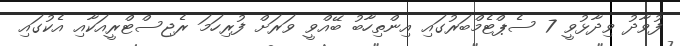
ފުވާދު ވިދާޅުވީ 7 ސެޕްޓެމްބަރުގައި އިންތިހާބު ބޭއްވީ ވަރަށް ފުރިހަމަ ރެޖިސްޓްރީއަކާއި އެކުގައި